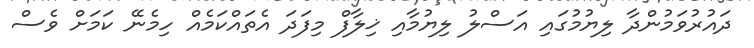
ދައުރުވަމުންދާ ލިޔުމުގައި އަސްލު ލިޔުމާއި ޚިލާފް މިފަދަ އެތައްކަމެއް ހިމެނޭ ކަމަށް ވެސް